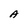
Character: A